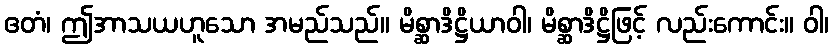
ဧတံ၊ ဤအာသယဟူသော အမည်သည်။ မိစ္ဆာဒိဋ္ဌိယာဝါ၊ မိစ္ဆာဒိဋ္ဌိဖြင့် လည်းကောင်း။ ဝါ၊